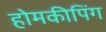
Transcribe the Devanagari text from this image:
होमकीपिंग